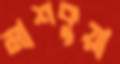
মাশকুয়া